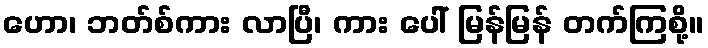
ဟော၊ ဘတ်စ်ကား လာပြီ၊ ကား ပေါ် မြန်မြန် တက်ကြစို့။